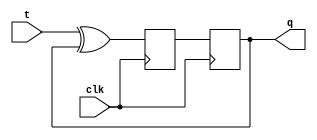
module t_ff(
    input clk,
    input t,
    output reg q
);

reg d;

always @(posedge clk) begin
    d <= t ^ q;
    q <= d;
end

endmodule